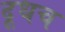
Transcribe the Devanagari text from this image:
दूधच